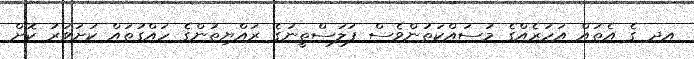
އދ ގެ އެތައް އަހަރެއްގެ މަސައްކަތުންވެސް ފަލަސްތީނުގެ ރައްޔިތުންގެ ހައްގުތައް ކަށަވަރު ކޮށް